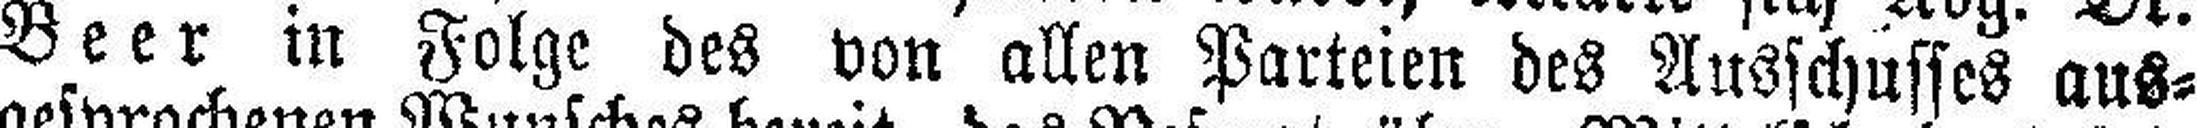
Beer in Folge des von allen Parteien des Ausschusses aus¬